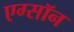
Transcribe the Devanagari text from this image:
एग्सॉन